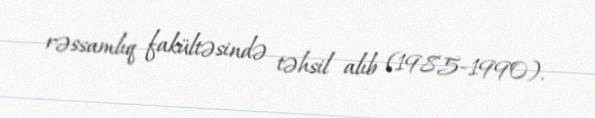
rəssamlıq fakültəsində təhsil alıb (1985-1990).